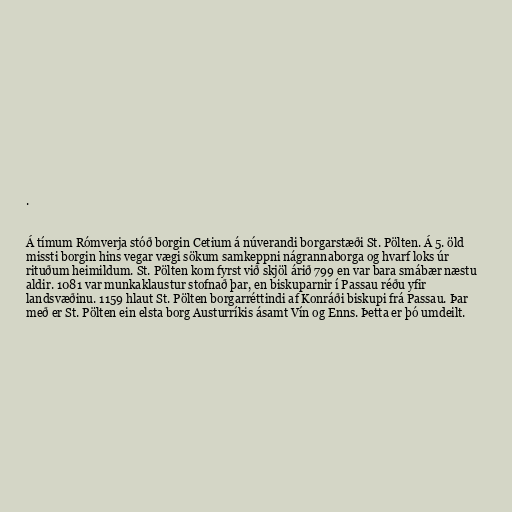
.

Á tímum Rómverja stóð borgin Cetium á núverandi borgarstæði St. Pölten. Á 5. öld
missti borgin hins vegar vægi sökum samkeppni nágrannaborga og hvarf loks úr
rituðum heimildum. St. Pölten kom fyrst við skjöl árið 799 en var bara smábær næstu
aldir. 1081 var munkaklaustur stofnað þar, en biskuparnir í Passau réðu yfir
landsvæðinu. 1159 hlaut St. Pölten borgarréttindi af Konráði biskupi frá Passau. Þar
með er St. Pölten ein elsta borg Austurríkis ásamt Vín og Enns. Þetta er þó umdeilt.